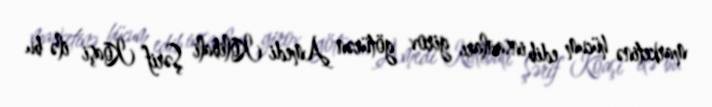
marketinə hücum edib insanları girov götürən Amedi Kolibali Şərif Koaşi ilə bu